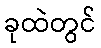
ခုထဲတွင်